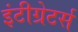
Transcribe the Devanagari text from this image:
इंटीग्रेटर्स